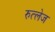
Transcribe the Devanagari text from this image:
रुत्लेज